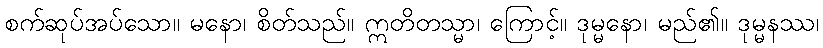
စက်ဆုပ်အပ်သော။ မနော၊ စိတ်သည်။ ဣတိတသ္မာ၊ ကြောင့်။ ဒုမ္မနော၊ မည်၏။ ဒုမ္မနဿ၊